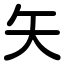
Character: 矢